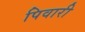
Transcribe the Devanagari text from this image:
पिवारी